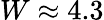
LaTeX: W\approx 4.3